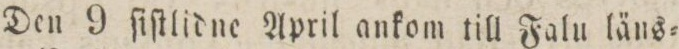
Den 9 ſiſtlidne April ankom till Falu läns=